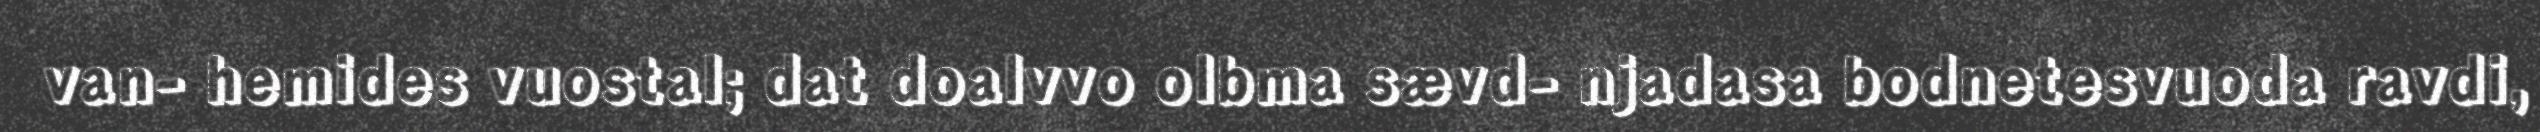
van- hemides vuostal; dat doalvvo olbma sævd- njadasa bodnetesvuoda ravdi,